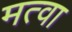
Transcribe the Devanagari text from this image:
मत्वा